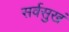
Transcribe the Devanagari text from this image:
सर्वसुखं